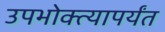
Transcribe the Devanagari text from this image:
उपभोक्त्यापर्यंत